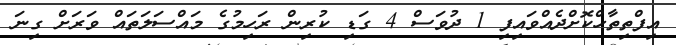
އިފްތިތާހްކޮށްދެއްވައިފި 1 ދުވަސް 4 ގަޑި ކުރިން ރަހިމުގެ މައްސަލަތައް ވަރަށް ގިނަ